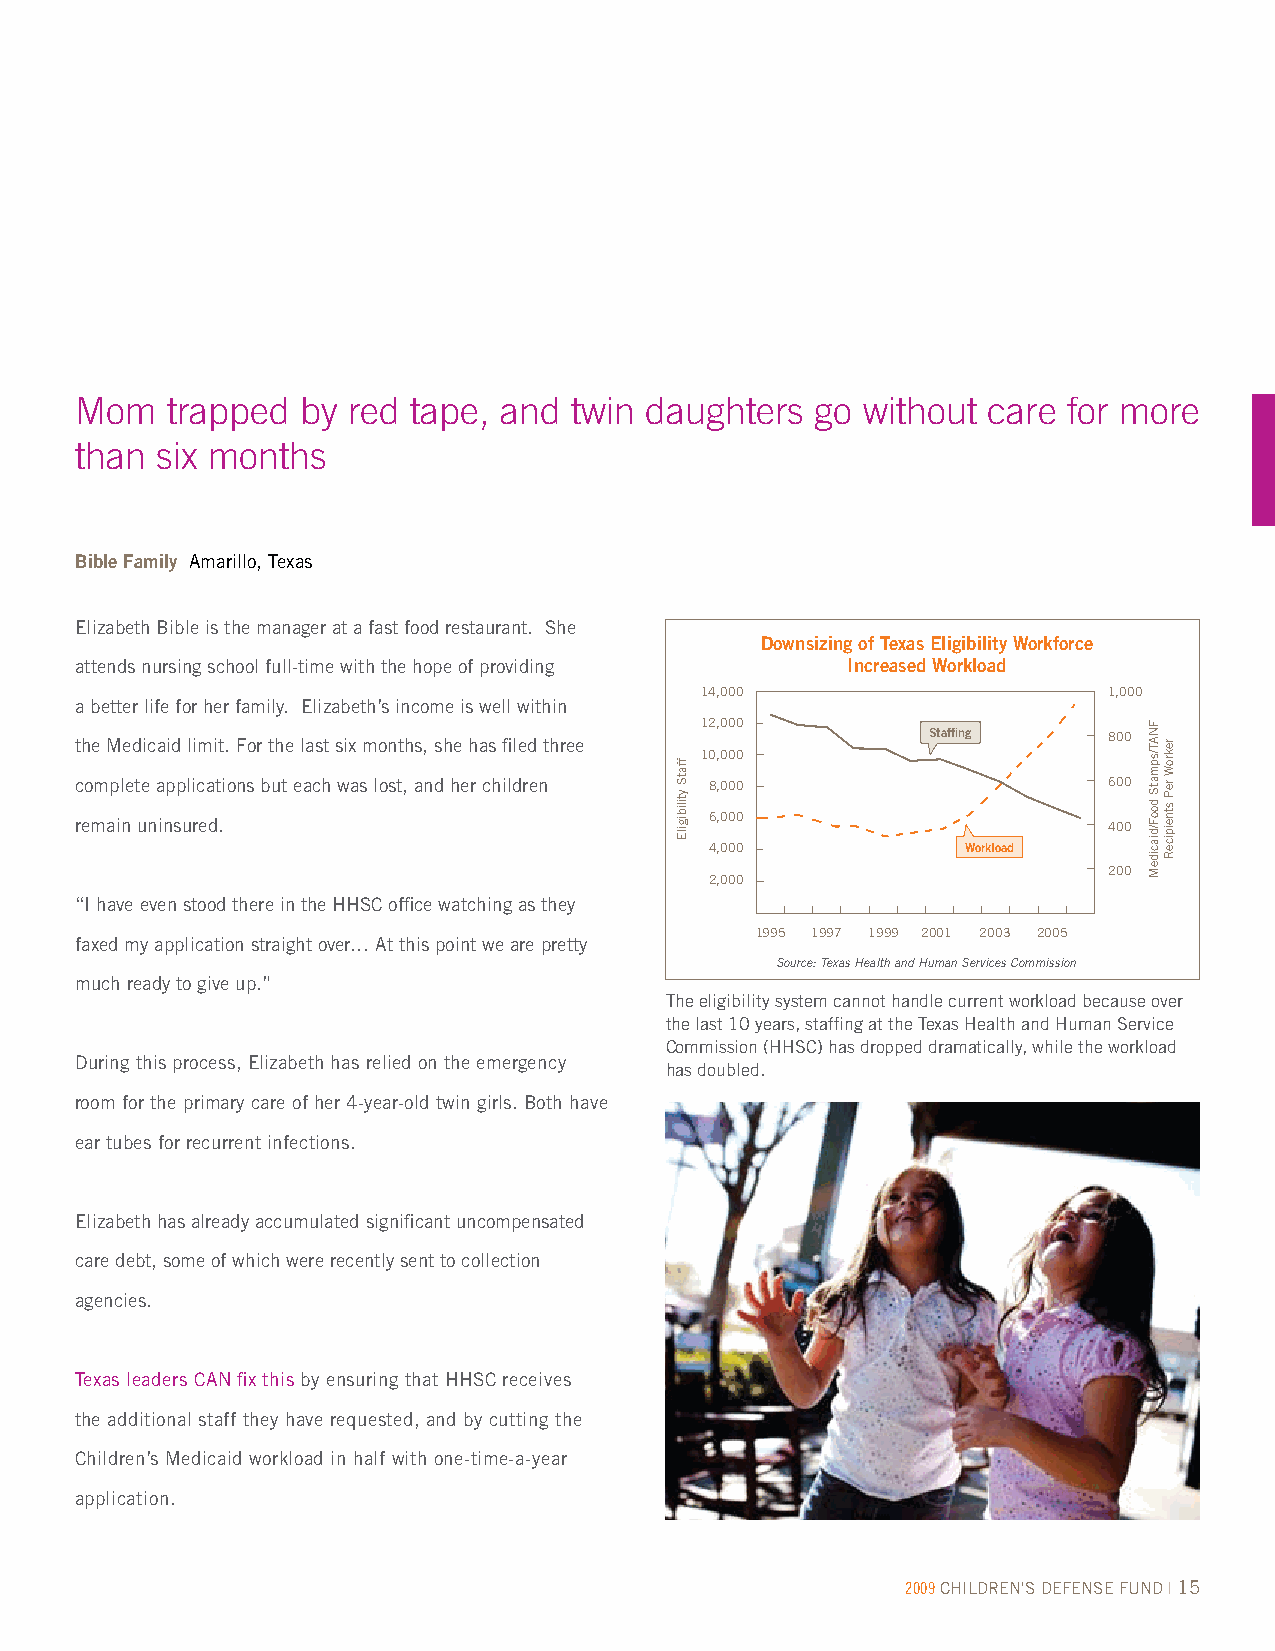
Mom   trapped  by red tape, and  twin daughters  go without care  for more
 than six months
 Bible Family Amarillo, Texas
 Elizabeth Bible is the manager at a fast food restaurant. She
 Downsizing of Texas Eligibility Workforce
 attends nursing school full-time with the hope of providing Increased Workload
 14,000                     1,000
 a better life for her family. Elizabeth’s income is well within
 12,000
 Staffing    800
 the Medicaid limit. For the last six months, she has filed three
 10,000
 complete applications but each was lost, and her children 8,000     600
 remain uninsured.                         6,000                     400
 4,000            Workload
 200
 2,000
 “I have even stood there in the HHSC office watching as they
 1995 1997 1999 2001 2003 2005
 faxed my application straight over… At this point we are pretty
 Source: Texas Health and Human Services Commission
 much ready to give up.”
 The eligibility system cannot handle current workload because over
 the last 10 years, staffing at the Texas Health and Human Service
 Commission (HHSC) has dropped dramatically, while the workload
 During this process, Elizabeth has relied on the emergency
 has doubled.
 room for the primary care of her 4-year-old twin girls. Both have
 ear tubes for recurrent infections.
 Elizabeth has already accumulated significant uncompensated
 care debt, some of which were recently sent to collection
 agencies.
 Texas leaders CAN fix this by ensuring that HHSC receives
 the additional staff they have requested, and by cutting the
 Children’s Medicaid workload in half with one-time-a-year
 application.
 2009 CHILDREN'S DEFENSE FUND | 15
 ffatS
 ytilibigilE
 FNAT/spmatS
 dooF/diacideM
 rekroW
 reP
 stneipiceR